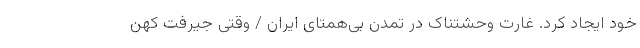
خود ايجاد کرد. غارت وحشتناک در تمدن بی‌همتای ایران / وقتی جیرفت کهن